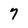
Character: 7